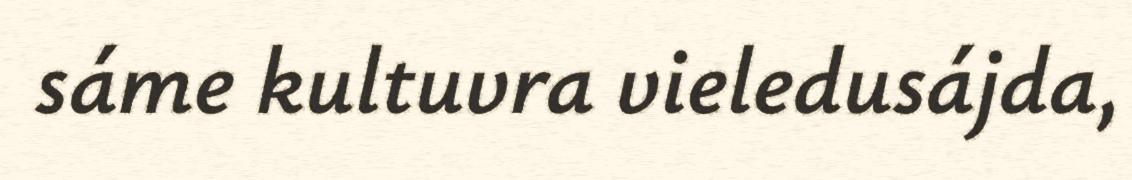
sáme kultuvra vieledusájda,